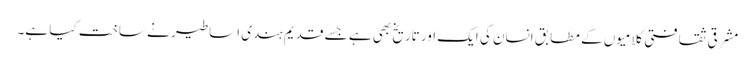
مشرقی ثقافتی کلامیوں کے مطابق انسان کی ایک اور تاریخ بھی ہے جسے قدیم ہندی اساطیر نے ساخت کیا ہے۔